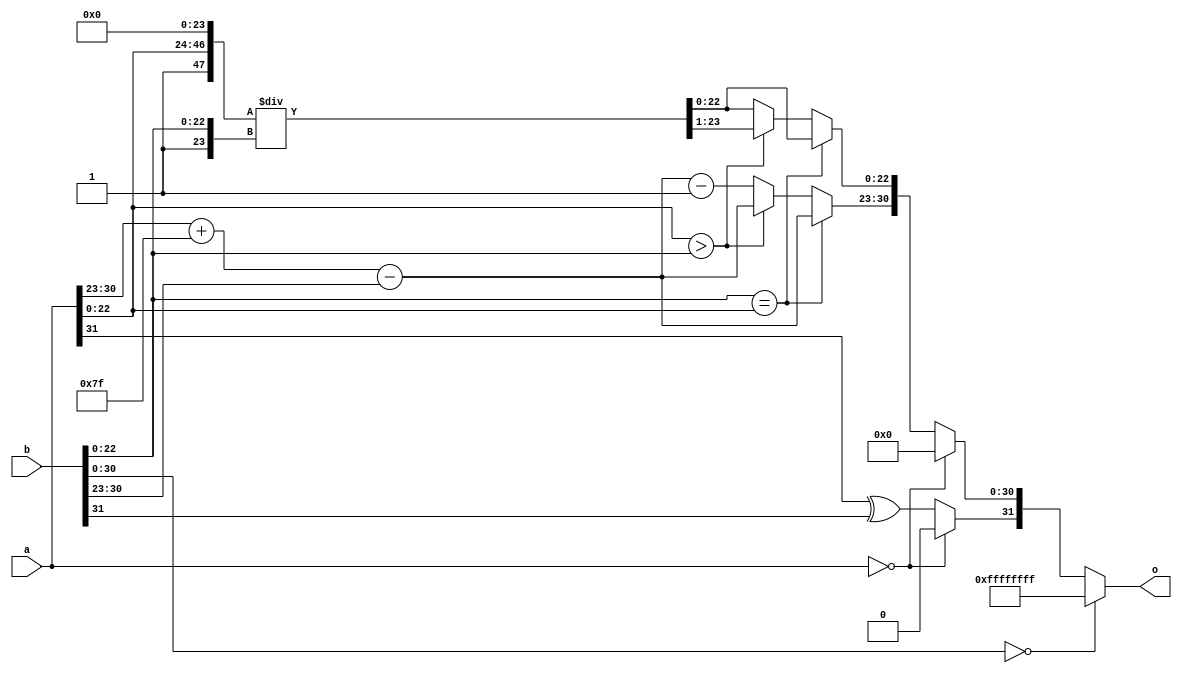
module div( o, a, b);

	input [31:0] a,b;
	output reg [31:0] o;
	
	wire [47:0] a1, b1;
	wire [47:0] o1;

	assign a1 = {1'b1,a[22:0],24'b0};
	assign b1 = {24'b0,1'b1,b[22:0]};
	assign o1 = a1/b1;
	
	

	always @(*)begin
		o[31] = a[31] ^ b[31];
			if (b[30:0]==0)
				o[31:0] = 32'hffffffff;
			else if(a[31:0]==0)
				o[31:0] = 0; 
			else if(b[22:0] == a[22:0]) begin 
				o[30:23] = a[30:23] + 8'd127 - b[30:23] ;
				o[22:0] = o1[22:0];
			end
			else if (a[22:0] > b[22:0]) begin 
				o[30:23] = a[30:23] + 8'd127 - b[30:23];
				o[22:0] = o1[23:1];
			end
			else begin
				o[30:23] = a[30:23] + 8'd127 - b[30:23]  - 8'd1;
				o[22:0] = o1[22:0];
			end
	end	
endmodule